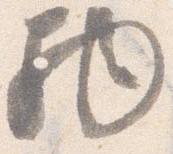
物